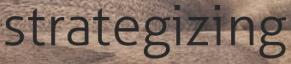
strategizing